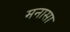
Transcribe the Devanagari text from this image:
मनासा